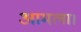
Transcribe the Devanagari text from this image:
आमला।